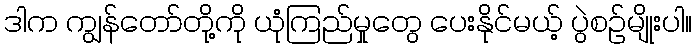
ဒါက ကျွန်တော်တို့ကို ယုံကြည်မှုတွေ ပေးနိုင်မယ့် ပွဲစဉ်မျိုးပါ။